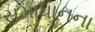
સમાધાનના